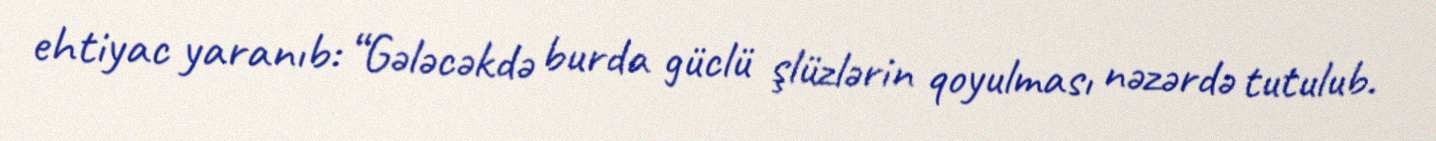
ehtiyac yaranıb: “Gələcəkdə burda güclü şlüzlərin qoyulması nəzərdə tutulub.